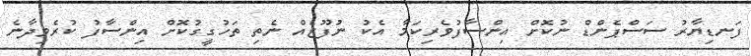
ފަނޑިޔާރު ސަސްޕެންޑް ނުކޮށް އިންސާފުވެރިކަމާ އެކު ނުފޫޒެއް ނެތި ތަހުގީގުކޮށް އިންސާފު ކުރެވިދާނެ